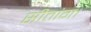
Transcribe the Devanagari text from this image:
सीतांग।